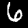
Digit: 6